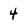
Character: 4